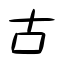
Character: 古